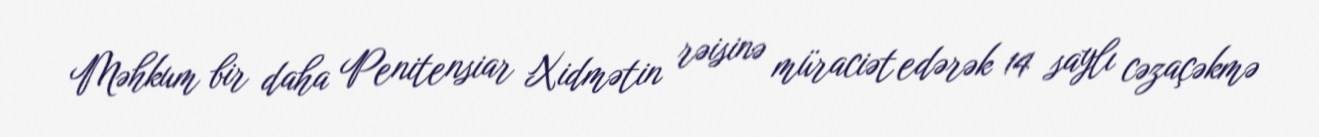
Məhkum bir daha Penitensiar Xidmətin rəisinə müraciət edərək 14 saylı cəzaçəkmə